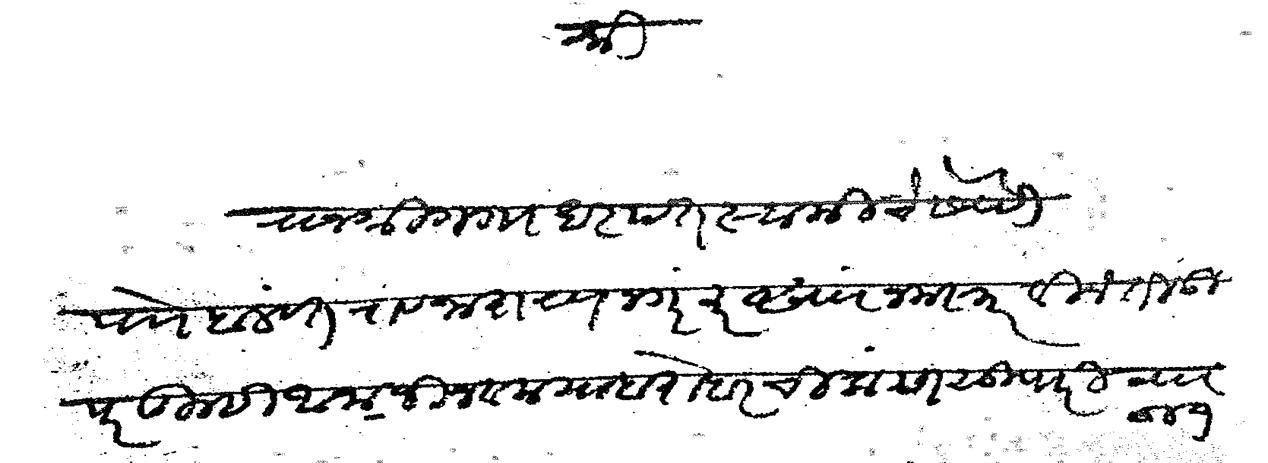
Transliteration (Devanagari): श्री राजश्री गंगाधरपंत स्वामीचे सेवेसी पाो बलवंतराव नारायण नगरकर सां नमस्कार विनंती उपर तुम्ही आनाजी नवला याबरोबर चिकण सुपारी वा 66 १